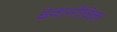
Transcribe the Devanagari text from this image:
इवानोविक